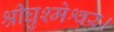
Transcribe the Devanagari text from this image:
श्रीघुश्मेश्वर।